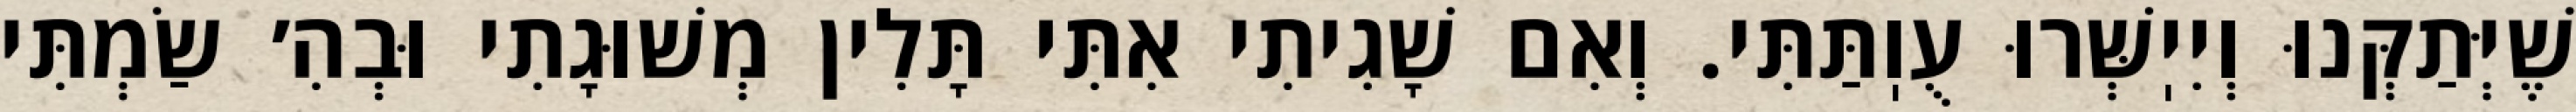
שֶׁיְּתַקְּנוּ וְיִיֽשְּׁרוּ עֻוֽתַּתִּי. וְאִם שָׁגִיתִי אִתִּי תָּלִין מְשׁוּגָתִי וּבְהִ׳ שַׂמְתִּי